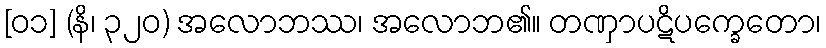
[၀၁] (နိ၊ ၃၂၀) အလောဘဿ၊ အလောဘ၏။ တဏှာပဋိပက္ခေတော၊